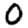
Digit: 0